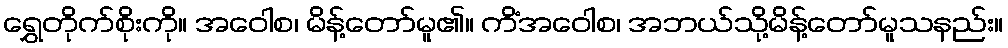
ရွှေတိုက်စိုးကို။ အဝေါစ၊ မိန့်တော်မူ၏။ ကိံအဝေါစ၊ အဘယ်သို့မိန့်တော်မူသနည်း။